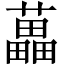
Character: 藟